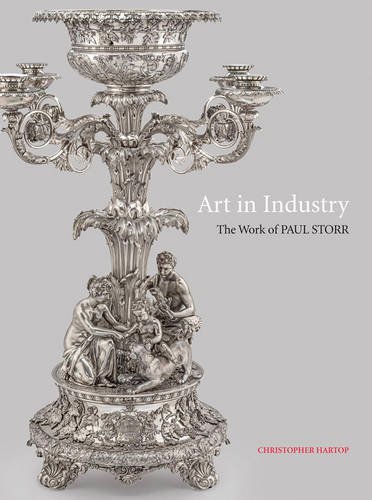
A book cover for Art in Industry: The Silver of Paul Storr; Christopher Hartop; Crafts, Hobbies & Home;